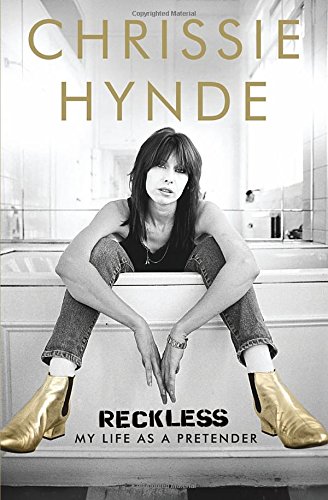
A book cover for Reckless: My Life as a Pretender; Chrissie Hynde; Arts & Photography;